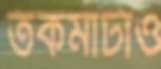
তকমাটাও